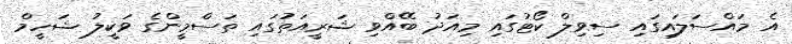
އެ މައްސަލައިގައި ސިވިލް ކޯޓުގައި މިއަދު ބޭއްވި ޝަރީއަތުގައި ތަސްމީންގެ ވަކީލު ޝަހީމް